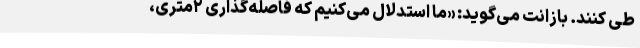
طی کنند. بازانت می‌گوید: «ما استدلال می‌کنیم که فاصله‌گذاری ۲‌متری،